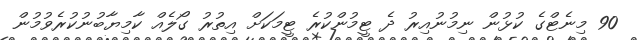
90 މިނެޓްގެ ކުޅުން ނިމުނުއިރު ދެ ޓީމުންކުރެ ޓީމަކަށް އިތުރު ގޯލެއް ކާމިޔާބުނުކުރެވުމުން